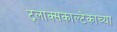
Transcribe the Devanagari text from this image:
ट्लाक्सकाल्टेकाच्या